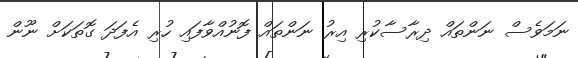
ނަމަވެސް ނަންތައް ދިރާސާކުރި އިރު ނަންތައް ފޮނުއްވާފައި ހުރި އެފަދަ ގޮތަކަށް ނޫން